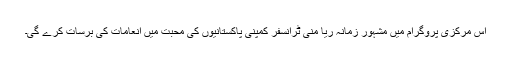
اس مرکزی پروگرام میں مشہور زمانہ ریا منی ٹرانسفر کمپنی پاکستانیوں کی محبت میں انعامات کی برسات کرے گی۔